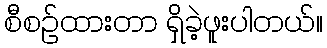
စီစဉ်ထားတာ ရှိခဲ့ဖူးပါတယ်။